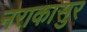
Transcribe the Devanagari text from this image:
नराकासुर